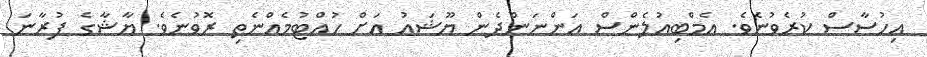
އިހުސާސް ކުރެވުނެވެ. އެމްބިއުލެންސް އަންނަންދެން ޔޫޝައު އަށް ހުއްޓުމެއްނެތި ރޮވުނެވެ. ޔާޝާގެ ފުރާނަ